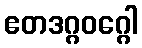
ဧတဒဂ္ဂဝဂ္ဂေါ